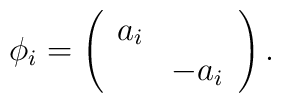
\phi_i = \left( \begin{array}{cc} a_i   &   \\					& -a_i 	\end{array} \right).